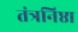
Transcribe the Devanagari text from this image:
तंत्रनिष्ठा